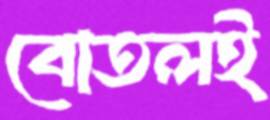
বোতলই